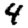
Digit: 4